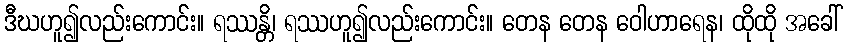
ဒီဃဟူ၍လည်းကောင်း။ ရဿန္တိ၊ ရဿဟူ၍လည်းကောင်း။ တေန တေန ဝေါဟာရေန၊ ထိုထို အခေါ်